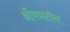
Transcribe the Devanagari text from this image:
औषधातील